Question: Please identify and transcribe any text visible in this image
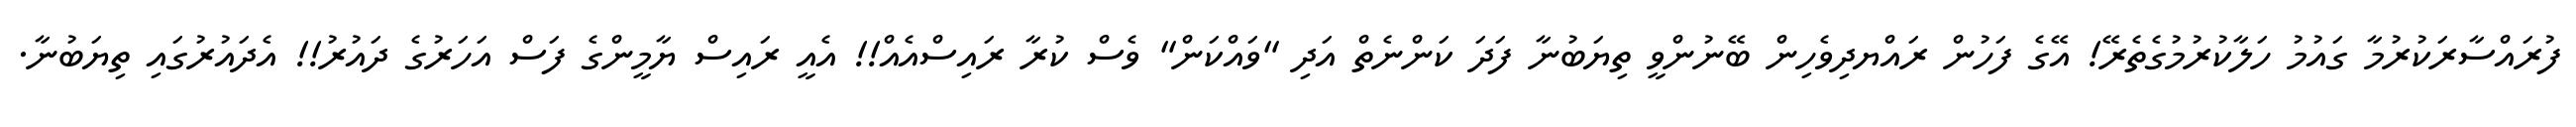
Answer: ފުރައްސާރަކުރުމާ ގައުމު ހަލާކުރުމުގެތެރޭ! އޭގެ ފަހުން ރައްޔދިވެހިން ބޭނުންވީ ތިޔަބުނާ ފަދަ ކަންނެތް އަދި "ވައްކަން" ވެސް ކުރާ ރައިސްއެއް!! އެއީ ރައިސް ޔާމީންގެ ފަސް އަހަރުގެ ދައުރު!! އެދައުރުގައި ތިޔަބުނާ.